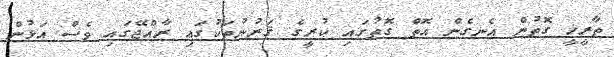
ތާރީޚީ ގޮތުން އެނގެން އޮތް ގޮތުގައި ކުރީގެ ޤަރުނުތަކުގައި ރާއްޖޭގައި ވެސް އަޅުން